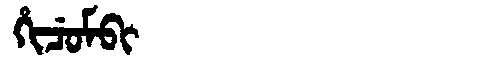
Manchu: ᡥᡳᠴᡠᠮᠪᡳ
Romanization: HICUMBI